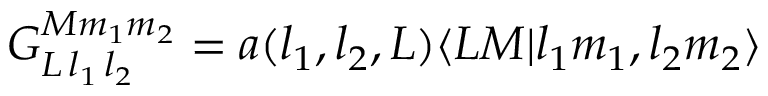
G _ { L \, l _ { 1 } \, l _ { 2 } } ^ { M m _ { 1 } m _ { 2 } } = a ( l _ { 1 } , l _ { 2 } , L ) \langle L M | l _ { 1 } m _ { 1 } , l _ { 2 } m _ { 2 } \rangle